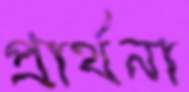
প্রার্থনা